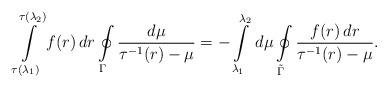
LaTeX: \begin{align*}\int\limits_{\tau(\lambda_1)}^{\tau(\lambda_2)}f(r)\,dr\oint\limits_{\Gamma}\frac{d\mu}{\tau^{-1}(r)-\mu}=-\int\limits_{\lambda_1}^{\lambda_2}\,d\mu\oint\limits_{\tilde\Gamma}\frac{f(r)\,dr}{\tau^{-1}(r)-\mu}.\end{align*}